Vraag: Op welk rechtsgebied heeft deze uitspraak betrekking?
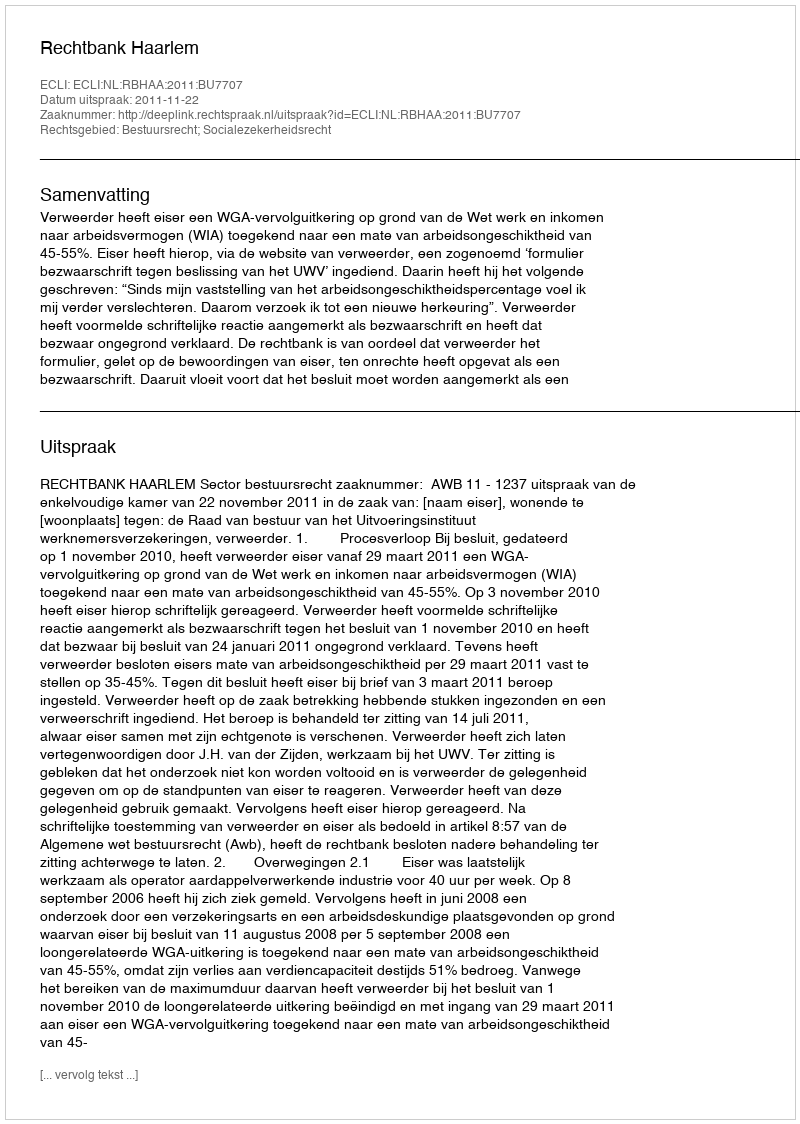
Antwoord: Bestuursrecht; Socialezekerheidsrecht